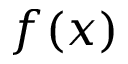
f ( x )